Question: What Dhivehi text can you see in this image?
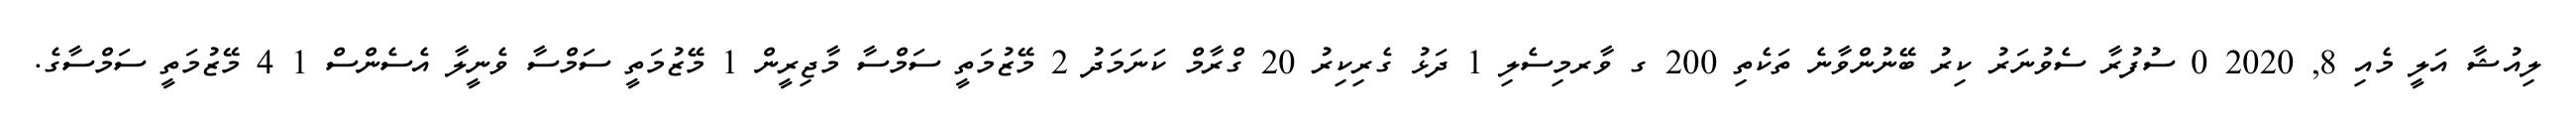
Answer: ލިއުޝާ އަލީ މެއި 8, 2020 0 ސުފުރާ ސެވުނަރު ކިރު ބޭނުންވާނެ ތަކެތި 200 ގ ވާރމިސެލި 1 ދަޅު ގެރިކިރު 20 ގްރާމް ކަނަމަދު 2 މޭޒުމަތީ ސަމްސާ މާޖިރީން 1 މޭޒުމަތީ ސަމްސާ ވެނީލާ އެސެންސް 1 4 މޭޒުމަތީ ސަމްސާގެ.